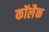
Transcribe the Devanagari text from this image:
कॉलैक